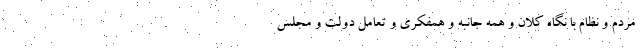
مردم و نظام با نگاه کلان و همه جانبه و همفکری و تعامل دولت و مجلس